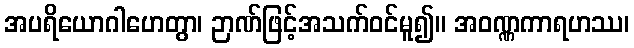
အပရိယောဂါဟေတွာ၊ ဉာဏ်ဖြင့်အသက်ဝင်မူ၍။ အဝဏ္ဏကာရဟဿ၊